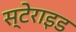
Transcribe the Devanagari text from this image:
स्टेराइड